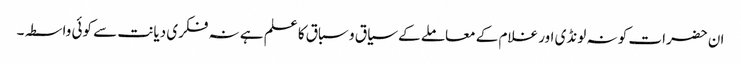
ان حضرات کو نہ لونڈی اور غلام کے معاملے کے سیاق و سباق کا علم ہے نہ فکری دیانت سے کوئی واسطہ۔